Papers set at the Examination for Leaving Certificates, 1889
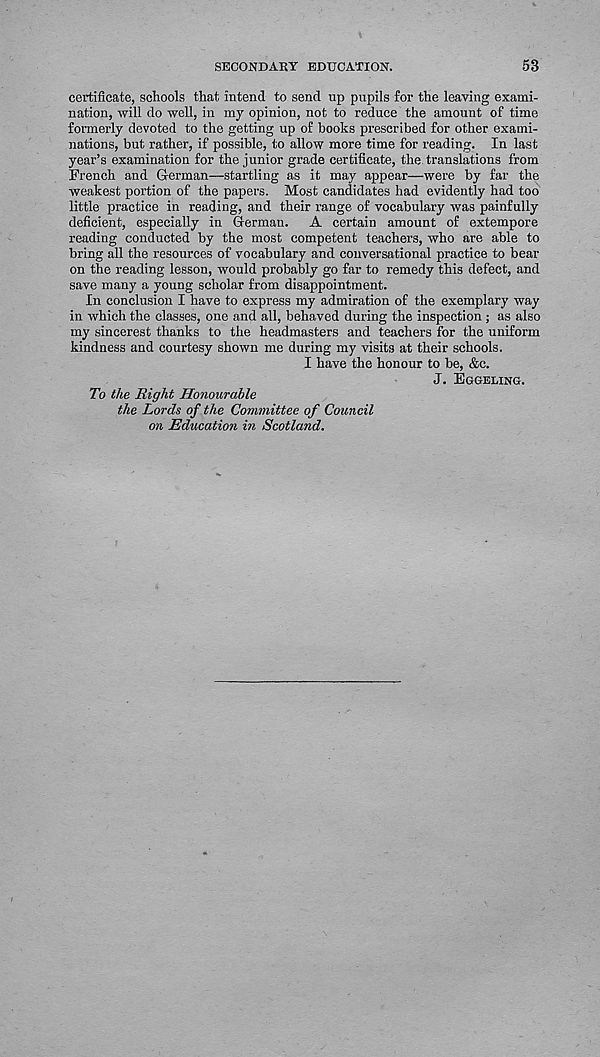
SECONDARY EDUCATION.
53
certificate, schools that intend to send up pupils for the leaving exami-
nation, will do well, in my opinion, not to reduce the amount of time
formerly devoted to the getting up of books prescribed for other exami-
nations, but rather, if possible, to allow more time for reading. In last
year’s examination for the junior grade certificate, the translations from
French and German—startling as it may appear—were by far the
weakest portion of the papers. Most candidates had evidently had too
little practice in reading, and their range of vocabulary was painfully
deficient, especially in German. A certain amount of extempore
reading conducted by the most competent teachers, who are able to
bring all the resources of vocabulary and conversational practice to bear
on the reading lesson, would probably go far to remedy this defect, and
save many a young scholar from disappointment.
In conclusion I have to express my admiration of the exemplary way
in which the classes, one and all, behaved during the inspection ; as also
my sincerest thanks to the headmasters and teachers for the uniform
kindness and courtesy shown me during my visits at their schools.
I have the honour to be, &c.
J. Eggeling.
To the Right Honourable
the Lords of the Committee of Council
on Education in Scotland.